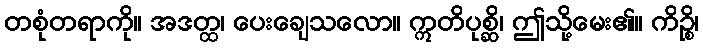
တစုံတရာကို။ အဒတ္ထ၊ ပေးချေသလော။ ဣတိပုစ္ဆိ၊ ဤသို့မေး၏။ ကိဉ္စိ၊